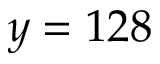
y = 1 2 8